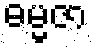
ဓမ္မဇာ